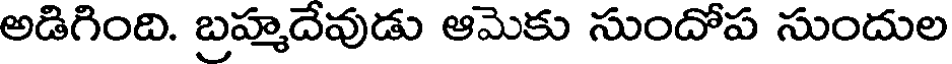
అడిగింది. బ్రహ్మదేవుడు ఆమెకు సుందోప సుందుల